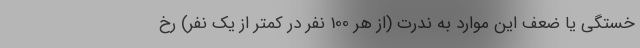
خستگی یا ضعف این موارد به ندرت (از هر 100 نفر در کمتر از یک نفر) رخ